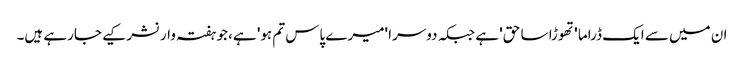
ان میں سے ایک ڈراما 'تھوڑا سا حق' ہے جبکہ دوسرا 'میرے پاس تم ہو' ہے، جو ہفتہ وار نشر کیے جارہے ہیں۔